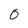
Character: 0